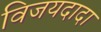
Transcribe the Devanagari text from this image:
विजयदादा